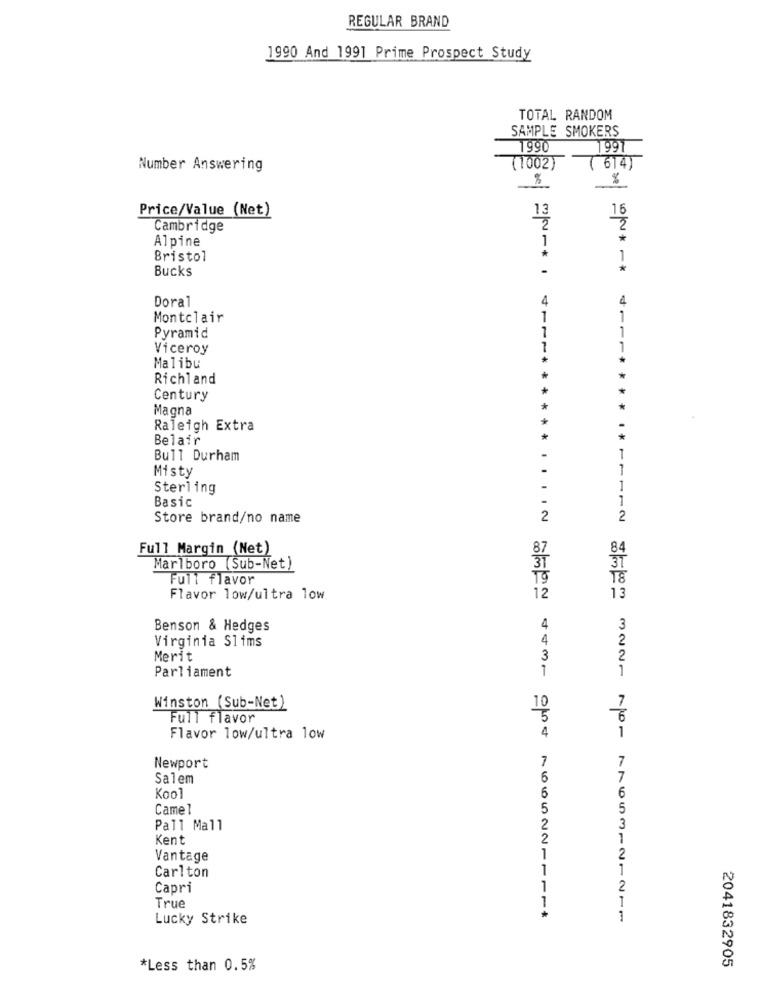
REGULAR BRAND
1990 And 1991 Prime Prospect Study
TOTAL RANDOM
SAMPLE SMOKERS
1990
1997
Number Answering
(1002)
( 614)
%
Price/Value (Net)
13
16
Cambridge
2
Alpine
1
*
Bristol
*
1
Bucks
Doral
4
4
Montclair
1
7
Pyramid
11
Viceroy
7
Malibu
Richland
*
Century
Magna
*
+
Raleigh Extra
Belair
*
Bull Durham
1
Misty
1
Sterling
1
Basic
1
Store brand/no name
2
2
Full Margin (Net)
84
Marlboro (Sub-Net)
Full flavor
TO
T8
13
Flavor low/ultra low
12
Benson & Hedges
4
3
Virginia Slims
4
2
Merit
3
2
Parliament
1
1
Winston (Sub-Net)
10
7
Full flavor
5
6
4
1
Flavor low/ultra low
7
7
Newport
Salem
6
7
Kool
6
6
Camel
5
5
Pall Mall
2
3
Kent
2
1
Vantage
1
2
1
1
Carlton
Capri
1
2
1
True
Lucky Strike
1
*Less than 0.5%
2041832905